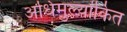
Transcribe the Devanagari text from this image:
अधिमुल्यांकित